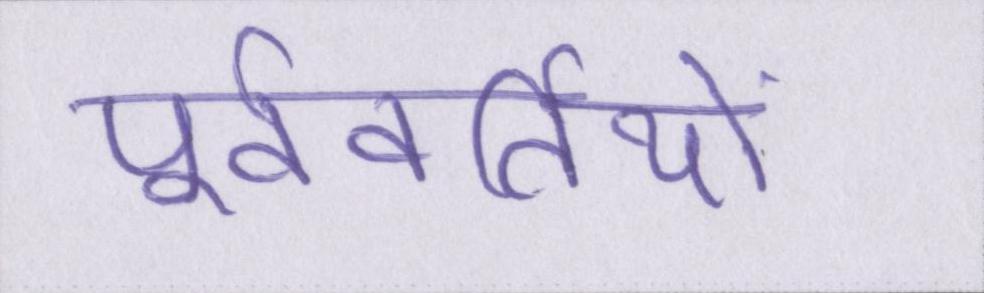
पूर्ववर्तियों